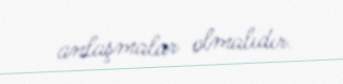
anlaşmalar olmalıdır.